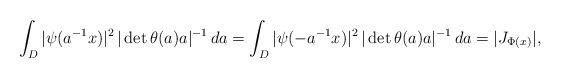
LaTeX: \begin{align*}\int_D |\psi(a^{-1} x)|^2 \,|\det\theta(a)a|^{-1}\,da=\int_D |\psi(-a^{-1} x)|^2 \,|\det\theta(a)a|^{-1}\,da=|J_{\Phi(x)}|,\end{align*}